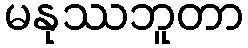
မနုဿဘူတာ